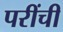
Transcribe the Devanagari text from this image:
परींची